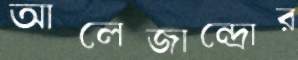
আলেজান্দ্রোর